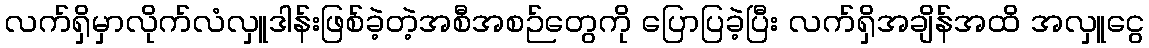
လက်ရှိမှာလိုက်လံလှူဒါန်းဖြစ်ခဲ့တဲ့အစီအစဉ်တွေကို ပြောပြခဲ့ပြီး လက်ရှိအချိန်အထိ အလှူငွေ